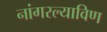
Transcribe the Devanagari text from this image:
नांगरल्याविण